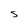
Character: S